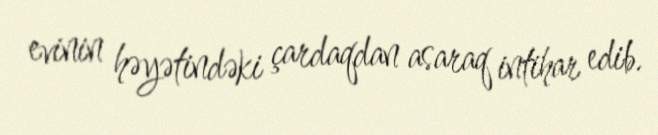
evinin həyətindəki çardaqdan asaraq intihar edib.